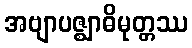
အဗျာပဇ္ဈာဓိမုတ္တဿ